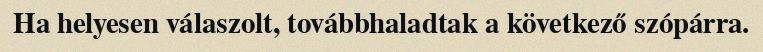
Ha helyesen válaszolt, továbbhaladtak a következő szópárra.